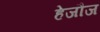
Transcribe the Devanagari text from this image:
हेजौज